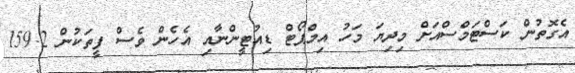
އެގޮތުން ކަސްޓަމްސްއަށް މިދިޔަ މަހު އިމްޕޯޓް ޑިއުޓީންނާއި އެހެން ވެސް ފީތަކުން 159.2